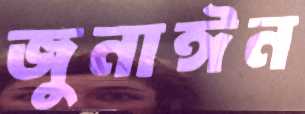
জুনাঈন